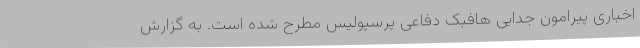
اخباری پیرامون جدایی هافبک دفاعی پرسپولیس مطرح شده است. به گزارش